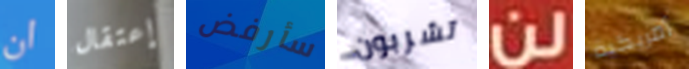
ان إعتقال سأرفض تشربون لن أمريكية